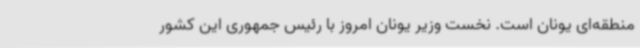
منطقه‌ای یونان است. نخست وزیر یونان امروز با رئیس جمهوری این کشور